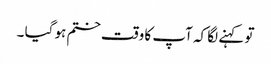
تو کہنے لگا کہ آپ کا وقت ختم ہو گیا ۔